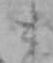
と